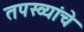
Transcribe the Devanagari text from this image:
तपस्व्यांचे